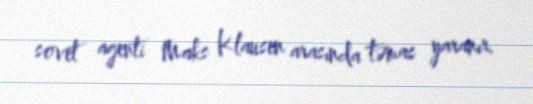
sovet agenti Maks Klausen arasında təmas yaranır.